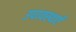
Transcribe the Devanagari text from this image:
उपावस्थाएँ